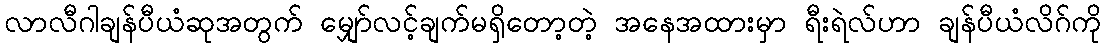
လာလီဂါချန်ပီယံဆုအတွက် မျှော်လင့်ချက်မရှိတော့တဲ့ အနေအထားမှာ ရီးရဲလ်ဟာ ချန်ပီယံလိဂ်ကို